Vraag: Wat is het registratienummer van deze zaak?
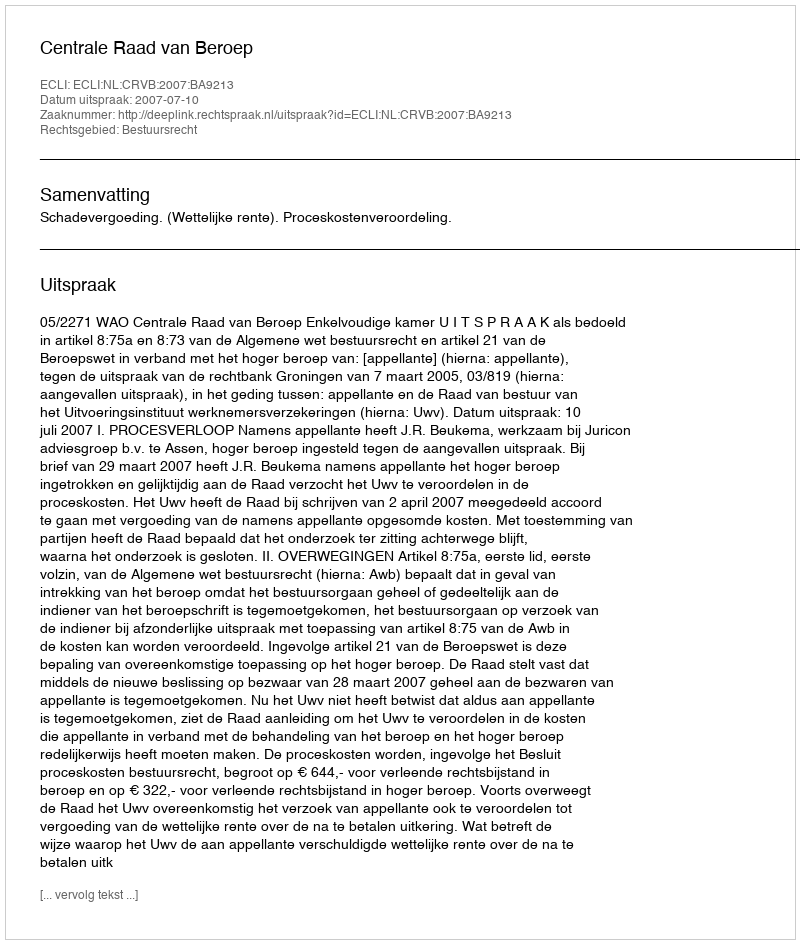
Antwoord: http://deeplink.rechtspraak.nl/uitspraak?id=ECLI:NL:CRVB:2007:BA9213